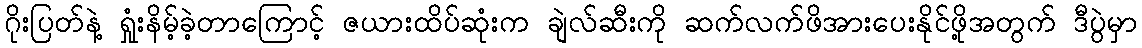
ဂိုးပြတ်နဲ့ ရှုံးနိမ့်ခဲ့တာကြောင့် ဇယားထိပ်ဆုံးက ချဲလ်ဆီးကို ဆက်လက်ဖိအားပေးနိုင်ဖို့အတွက် ဒီပွဲမှာ